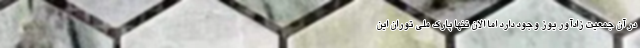
در آن جمعیت زادآور یوز وجود دارد اما الان تنها پارک ملی توران این